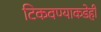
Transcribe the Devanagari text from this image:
टिकवण्याकडेही